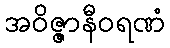
အဝိဇ္ဇာနီဝရဏံ